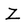
Character: Z